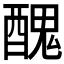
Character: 𨢄